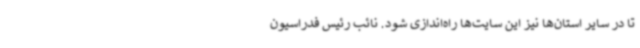
تا در سایر استان‌ها نیز این سایت‌ها راه‌اندازی شود. نائب رئیس فدراسیون